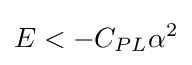
E<-C_{PL}\alpha ^{2}